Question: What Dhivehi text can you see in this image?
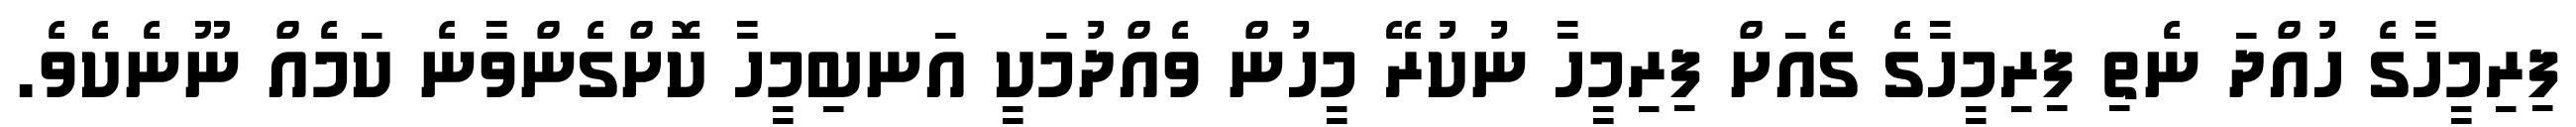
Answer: ފިރިމީހާގެ ހުއްދަ ނެތި ފިރިމީހާގެ ގެެއަށް ފިރިމީހާ ނުކުރޭ މީހުން ވެއްދުމަކީ އަނބިމީހާ ކޮށްގެންވާނެ ކަމެއް ނޫނެކެވެ.